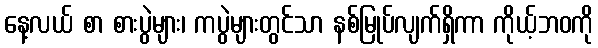
နေ့လယ် စာ စားပွဲများ၊ ကပွဲများတွင်သာ နစ်မြုပ်လျက်ရှိကာ ကိုယ့်ဘဝကို